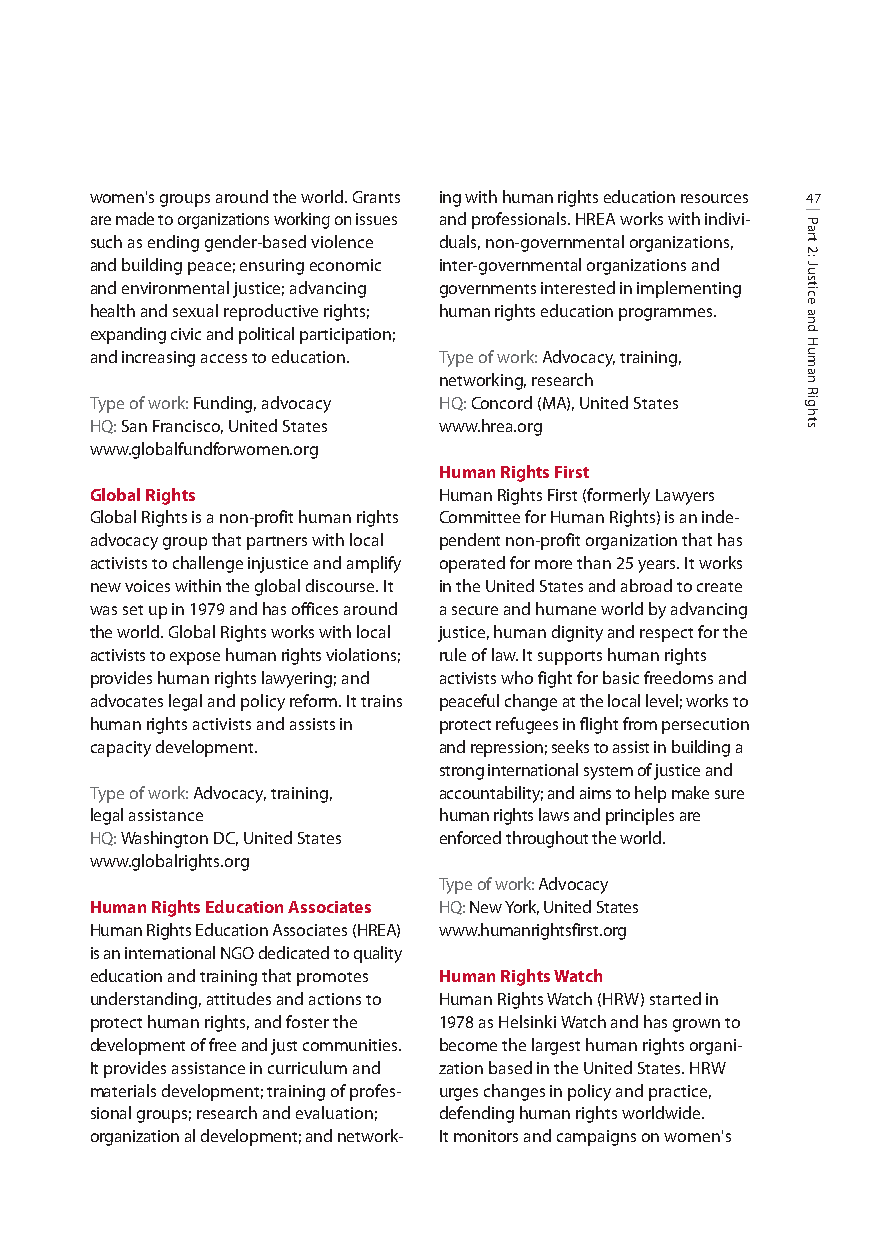
women's groups around the world. Grants ing with human rights education resources 47
 are made to organizations working on issues and professionals. HREA works with indivi-
 such as ending gender-based violence duals, non-governmental organizations,
 and building peace; ensuring economic inter-governmental organizations and
 and environmental justice; advancing governments interested in implementing
 health and sexual reproductive rights; human rights education programmes.
 expanding civic and political participation;
 and increasing access to education. Type of work: Advocacy, training,
 networking, research
 Type of work: Funding, advocacy HQ:Concord (MA), United States
 HQ:San Francisco, United States www.hrea.org
 www.globalfundforwomen.org
 Human Rights First
 Global Rights          Human Rights First (formerly Lawyers
 Global Rights is a non-profit human rights Committee for Human Rights) is an inde-
 advocacy group that partners with local pendent non-profit organization that has
 activists to challenge injustice and amplify operated for more than 25 years. It works
 new voices within the global discourse. It in the United States and abroad to create
 was set up in 1979 and has offices around a secure and humane world by advancing
 the world. Global Rights works with local justice, human dignity and respect for the
 activists to expose human rights violations; rule of law. It supports human rights
 provides human rights lawyering; and activists who fight for basic freedoms and
 advocates legal and policy reform. It trains peaceful change at the local level; works to
 human rights activists and assists in protect refugees in flight from persecution
 capacity development.  and repression; seeks to assist in building a
 strong international system of justice and
 Type of work: Advocacy, training, accountability; and aims to help make sure
 legal assistance       human rights laws and principles are
 HQ:Washington DC, United States enforced throughout the world.
 www.globalrights.org
 Type of work: Advocacy
 Human Rights Education Associates HQ:New York, United States
 Human Rights Education Associates (HREA) www.humanrightsfirst.org
 is an international NGO dedicated to quality
 education and training that promotes Human Rights Watch
 understanding, attitudes and actions to Human Rights Watch (HRW) started in
 protect human rights, and foster the 1978 as Helsinki Watch and has grown to
 development of free and just communities. become the largest human rights organi-
 It provides assistance in curriculum and zation based in the United States. HRW
 materials development; training of profes- urges changes in policy and practice,
 sional groups; research and evaluation; defending human rights worldwide.
 organization al development; and network- It monitors and campaigns on women's
 Part
 2:
 Justice
 and
 Human
 Rights